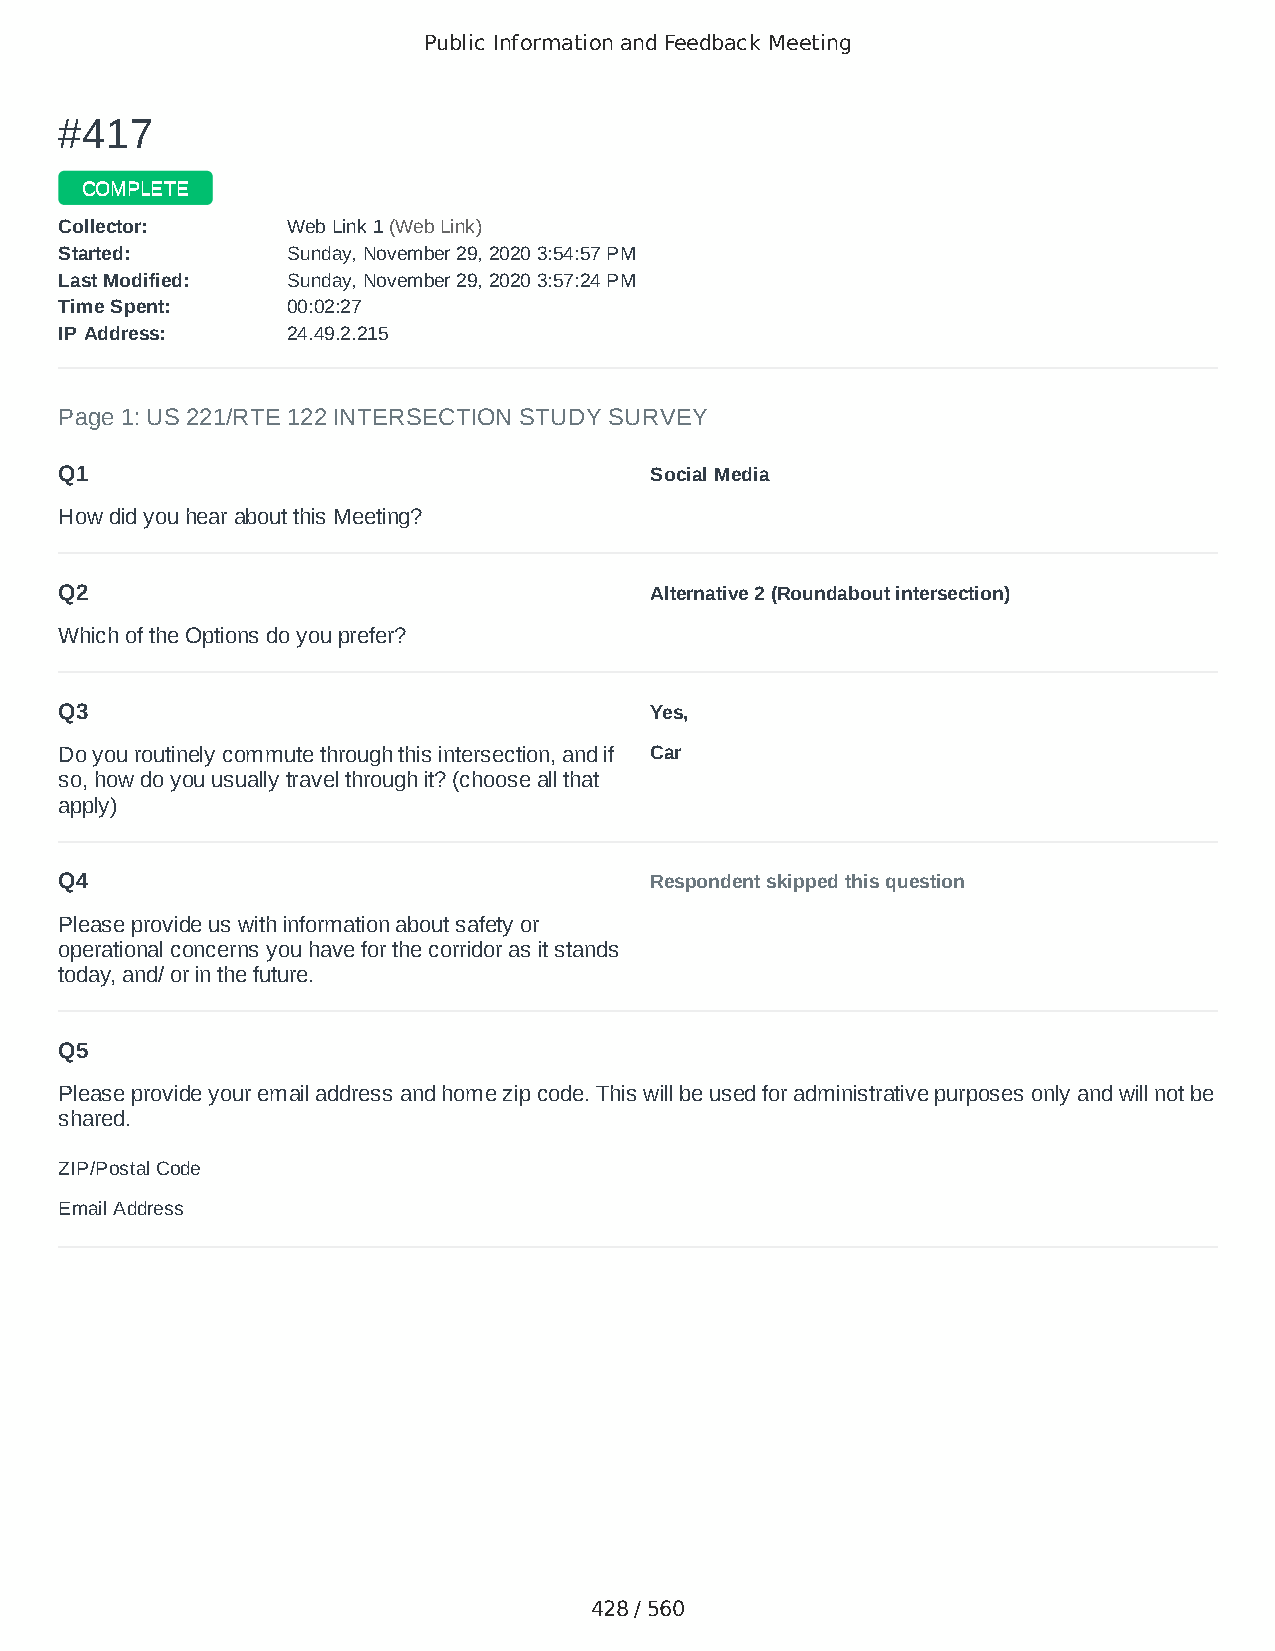
Public Information and Feedback Meeting
 ##441177
 CCOOMMPPLLEETTEE
 CCoolllleeccttoorr:: WWeebb LLiinnkk 11 ((WWeebb LLiinnkk))
 SSttaarrtteedd:: SSuunnddaayy,, NNoovveemmbbeerr 2299,, 22002200 33::5544::5577 PPMM
 LLaasstt MMooddiiffiieedd:: SSuunnddaayy,, NNoovveemmbbeerr 2299,, 22002200 33::5577::2244 PPMM
 TTiimmee SSppeenntt:: 0000::0022::2277
 IIPP AAddddrreessss:: 2244..4499..22..221155
 Page 1: US 221/RTE 122 INTERSECTION STUDY SURVEY
 Q1                                     Social Media
 How did you hear about this Meeting?
 Q2                                     Alternative 2 (Roundabout intersection)
 Which of the Options do you prefer?
 Q3                                     Yes,
 Do you routinely commute through this intersection, and if Car
 so, how do you usually travel through it? (choose all that
 apply)
 Q4                                     Respondent skipped this question
 Please provide us with information about safety or
 operational concerns you have for the corridor as it stands
 today, and/ or in the future.
 Q5
 Please provide your email address and home zip code. This will be used for administrative purposes only and will not be
 shared.
 ZIP/Postal Code                        24523
 Email Address                          Jennifertapia222@gmail.com
 428 / 560